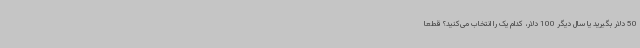
50 دلار بگیرید یا سال دیگر 100 دلار، کدام یک را انتخاب می‌کنید؟ قطعاً